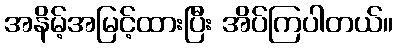
အနိမ့်အမြင့်ထားပြီး အိပ်ကြပါတယ်။